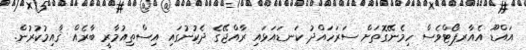
އައްޑޫ އެއާރޕޯޓްވެސް ހިމެނޭގޮތަށް ސަރަހައްދު ކަނޑައަޅައި ރާއްޖޭގެ ދެކުނުގައި އިސްތިއުމާރީ ބާރެއް ޤާއިމުކުރުން.